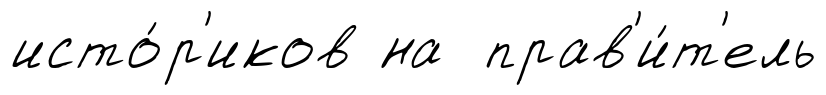
исто́р'иков на прав'и́т'ель